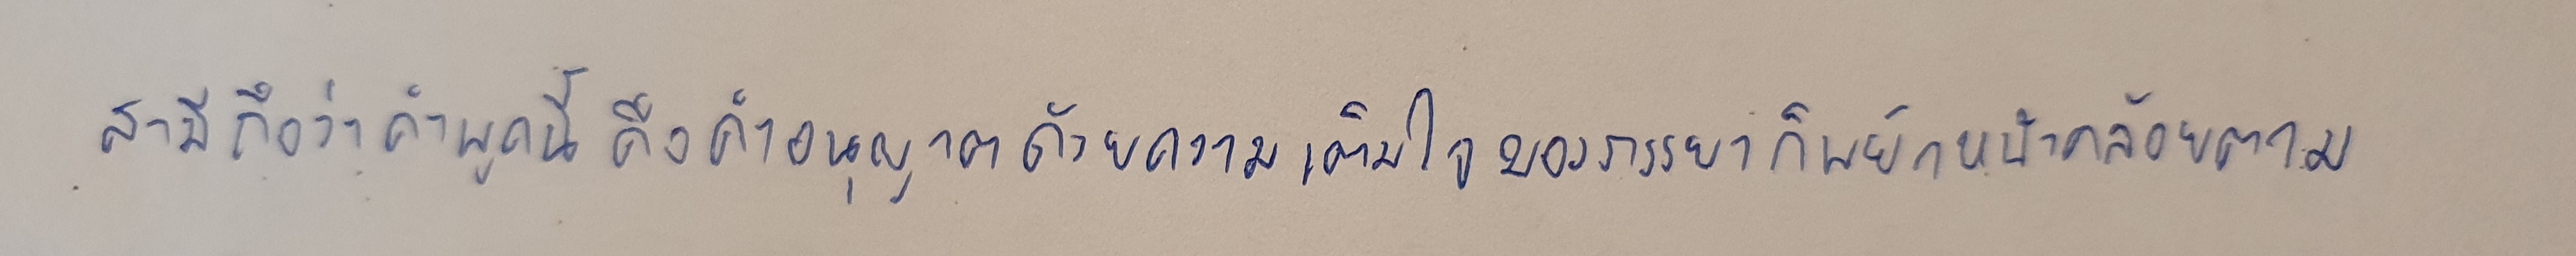
สามีถือว่าคำพูดนี้คือคำอนุญาตด้วยความเต็มใจของภรรยาก็พยักหน้าคล้อยตาม